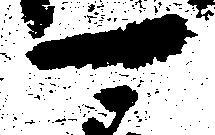
可